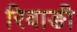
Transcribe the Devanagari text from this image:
रिवाङी